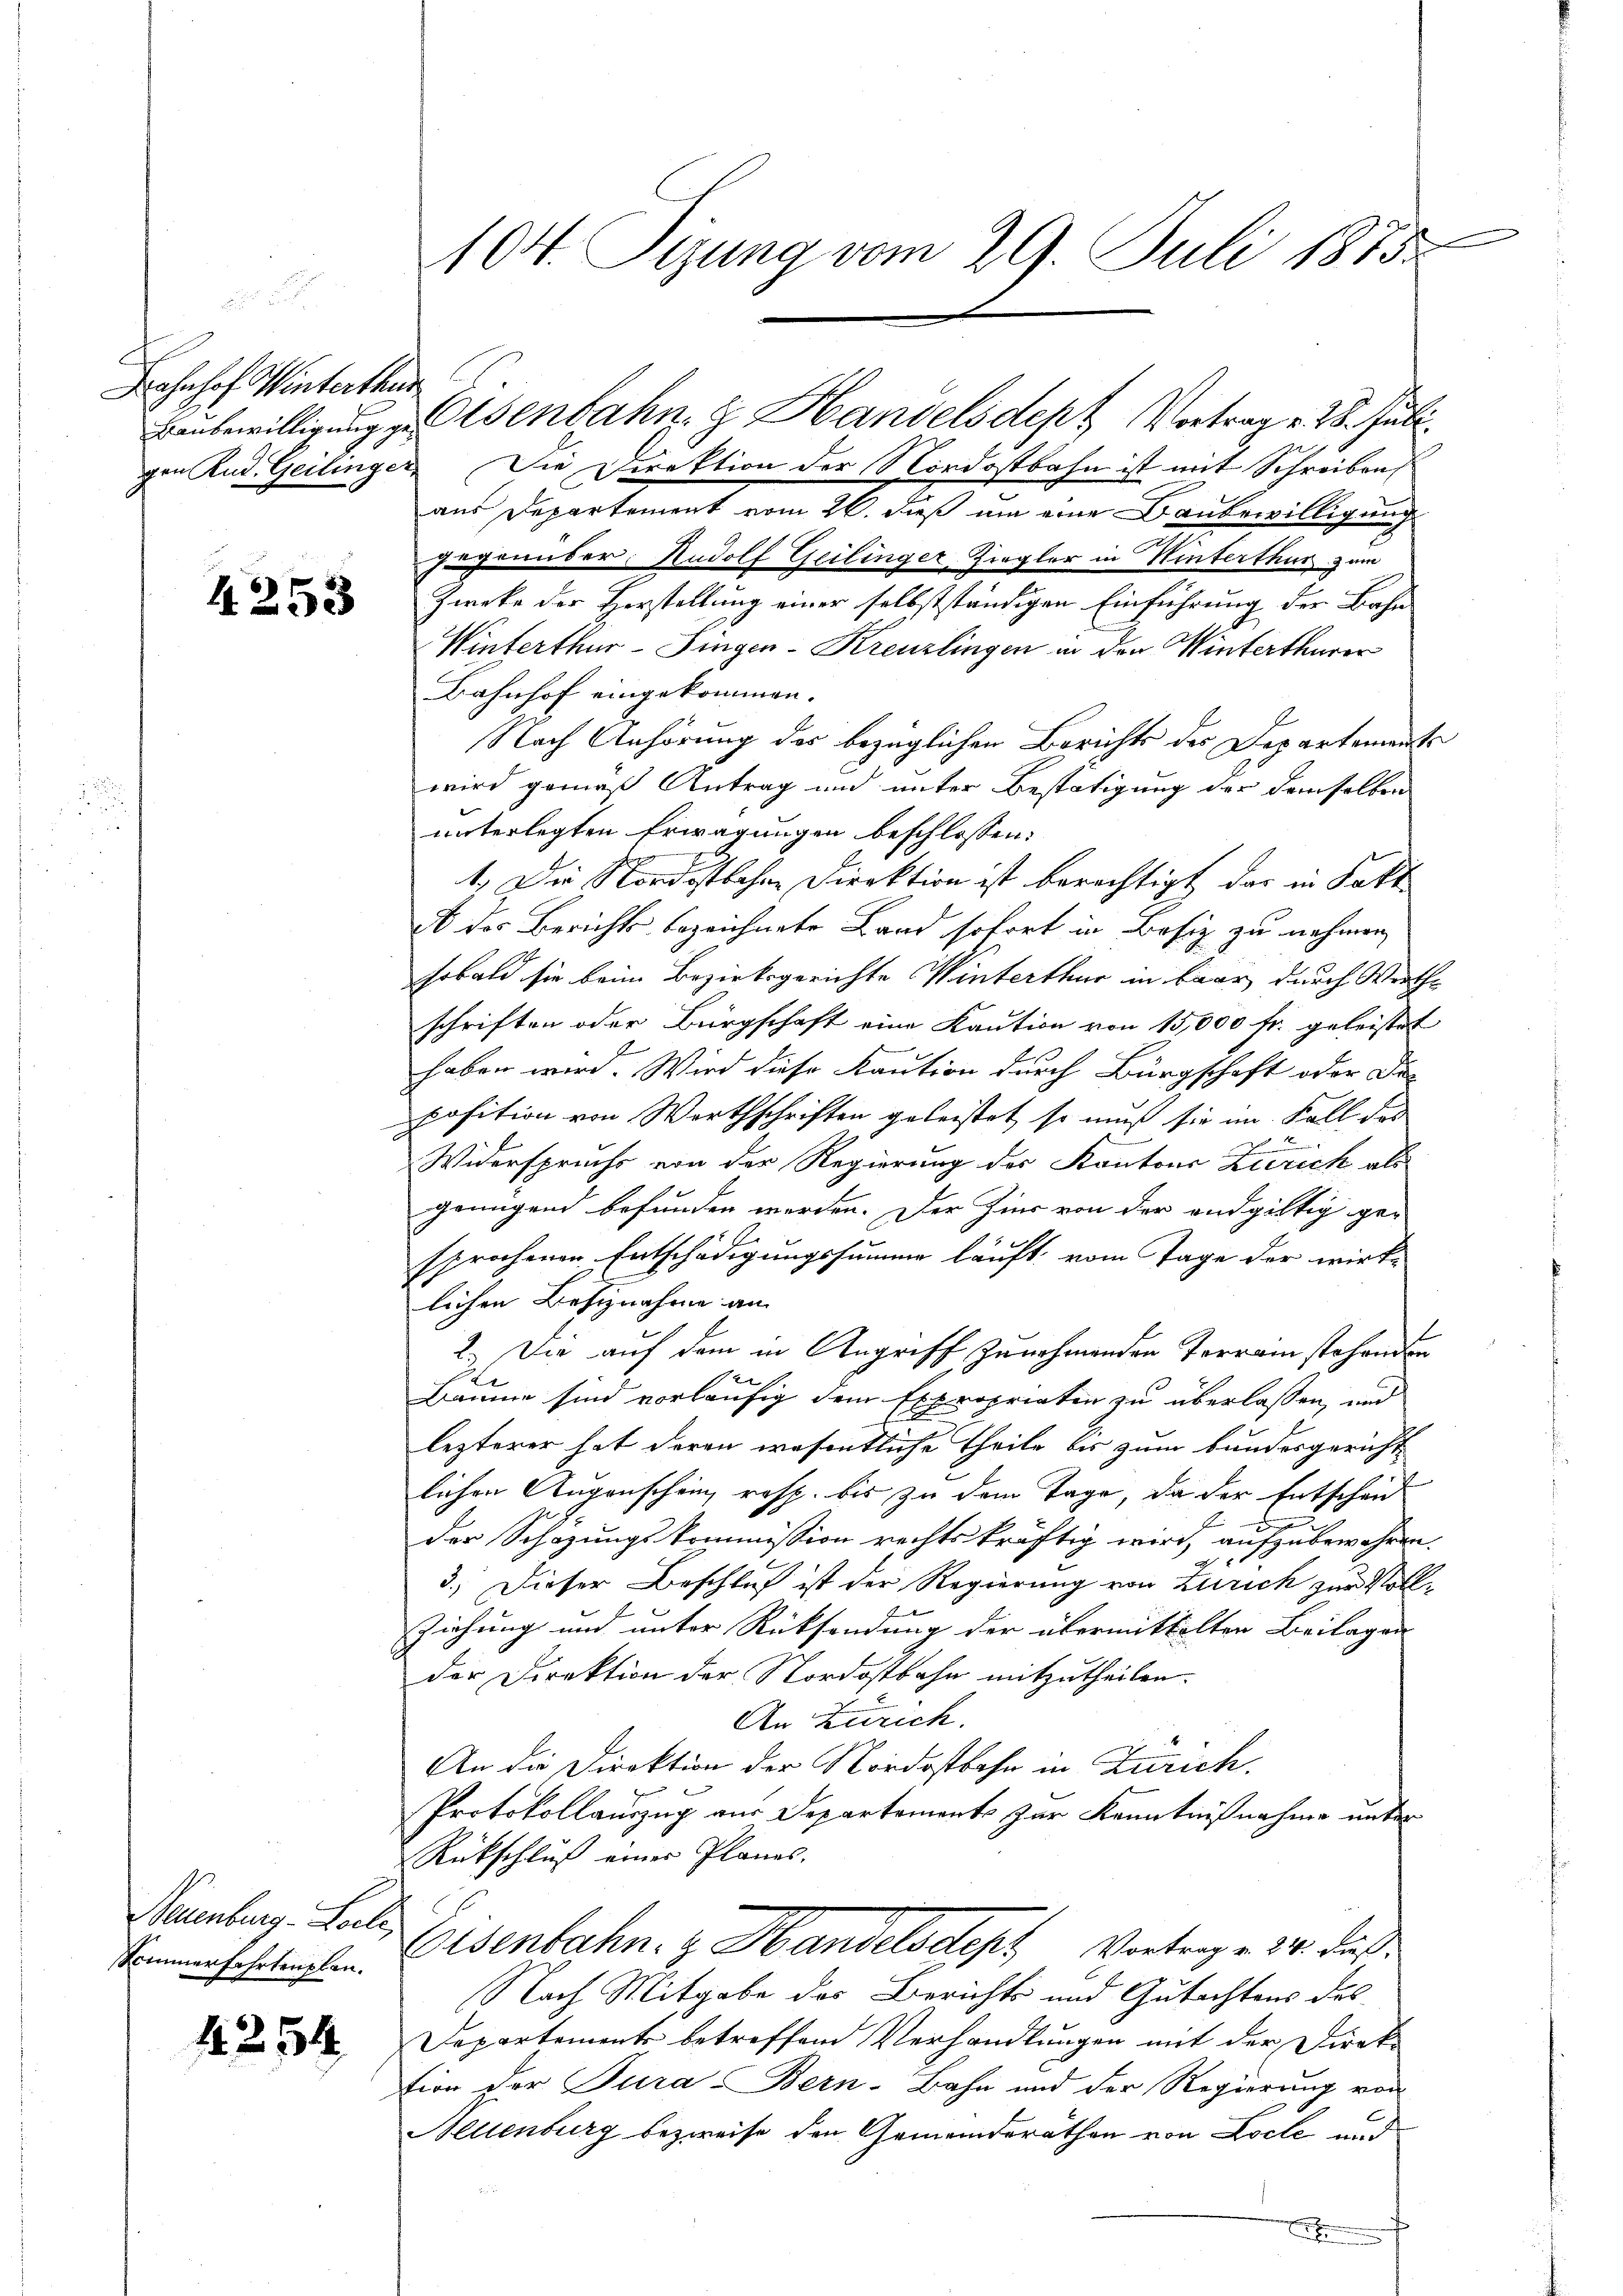
Jahnhof Winterthur

4253

Neuenburg-Loche,
Sommerfahrtenplan.

1254

gen Rud. Geilinger. Die Direktion der Nordostbahn ist mit Schreiben
aus Departement vom 26. dieß um eine Baubewilligung
gegenüber Rudolf Geilinger-Ziegler in Hinterthur zum
Zweke der Herstellung einer selbstständigen Einführung der Bahn
Winterthur–Singen-Kreuzlingen in den Winterthurer
Bahnhof eingekommen.
Nach Anhörung des bezüglichen Berichts der Departements
wird gemäß Antrag und unter Bestätigung der demselben
unterlegten Erwägungen beschlossen:
1.) Die Nordostlohne Direktion ist berechtigt, der in Satt
A des Berichts bezeichnete Band sofort in Besiz zu nehmen,
sobald sie beim Bezirksgerichte Winterthur in baar durch Wirthschriften oder Bürgschaft eine Kaution von 15,000 fr. geleistet
haben wird. Wird diese Kaution durch Bürgschaft oder Di-
position von Wirthschriften geleistet, so muß sie im Fall des
Widerspruchs von der Regierung des Kantons Zürich als
genügend befunden werden. Der Zins von der endgültig ge-
sprochenen Entschädigungssumme läuft, vom Tage der wirk-
lichen Besiznahme an
2.) Die auf dem in Angriff zunehmenden Terrain stehenden
Bäume sind vorläufig dem Expropriaten zu überlassen, und
lezterer hat deren wesentliche Theile bis zum Bundesgericht
lichen Augenschein, resp. bis zu dem Tage, da der Entscheid
der Schäzungskommission rechtskräftig wird, aufzubewahren.
3.) Dieser Beschluß ist der Regierung von Zürich zur Voll-
Ziehung und unter Rücksendung der übermittelter Beilagen
der Direktion der Nordostbahn mitzutheilen.
An Zürich.
An die Direktion der Nordostbahn in Zürich.
Protokollauszug aus Departements zur Kenntnißnahme unter
Rückschluß eines Planes.
Eisenbahn. Handelsdept Vortrage 14. dieß
Nach Mitgabe des Berichts und Gutachtens des
Departements betreffend Verhandlungen mit der Direktion der Tura Bern-Bahn und der Regierung von
Neuenburg bezweife den Gemeinderäthen von Loche und
E

e
104. Sizung vom 29. Juli 1875

Baubewilligung zu Osenbahn. Handelsdept Vortrag v. 28. Juli.